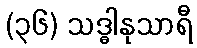
(၃၆) သဒ္ဓါနုသာရီ